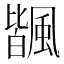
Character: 𩘅